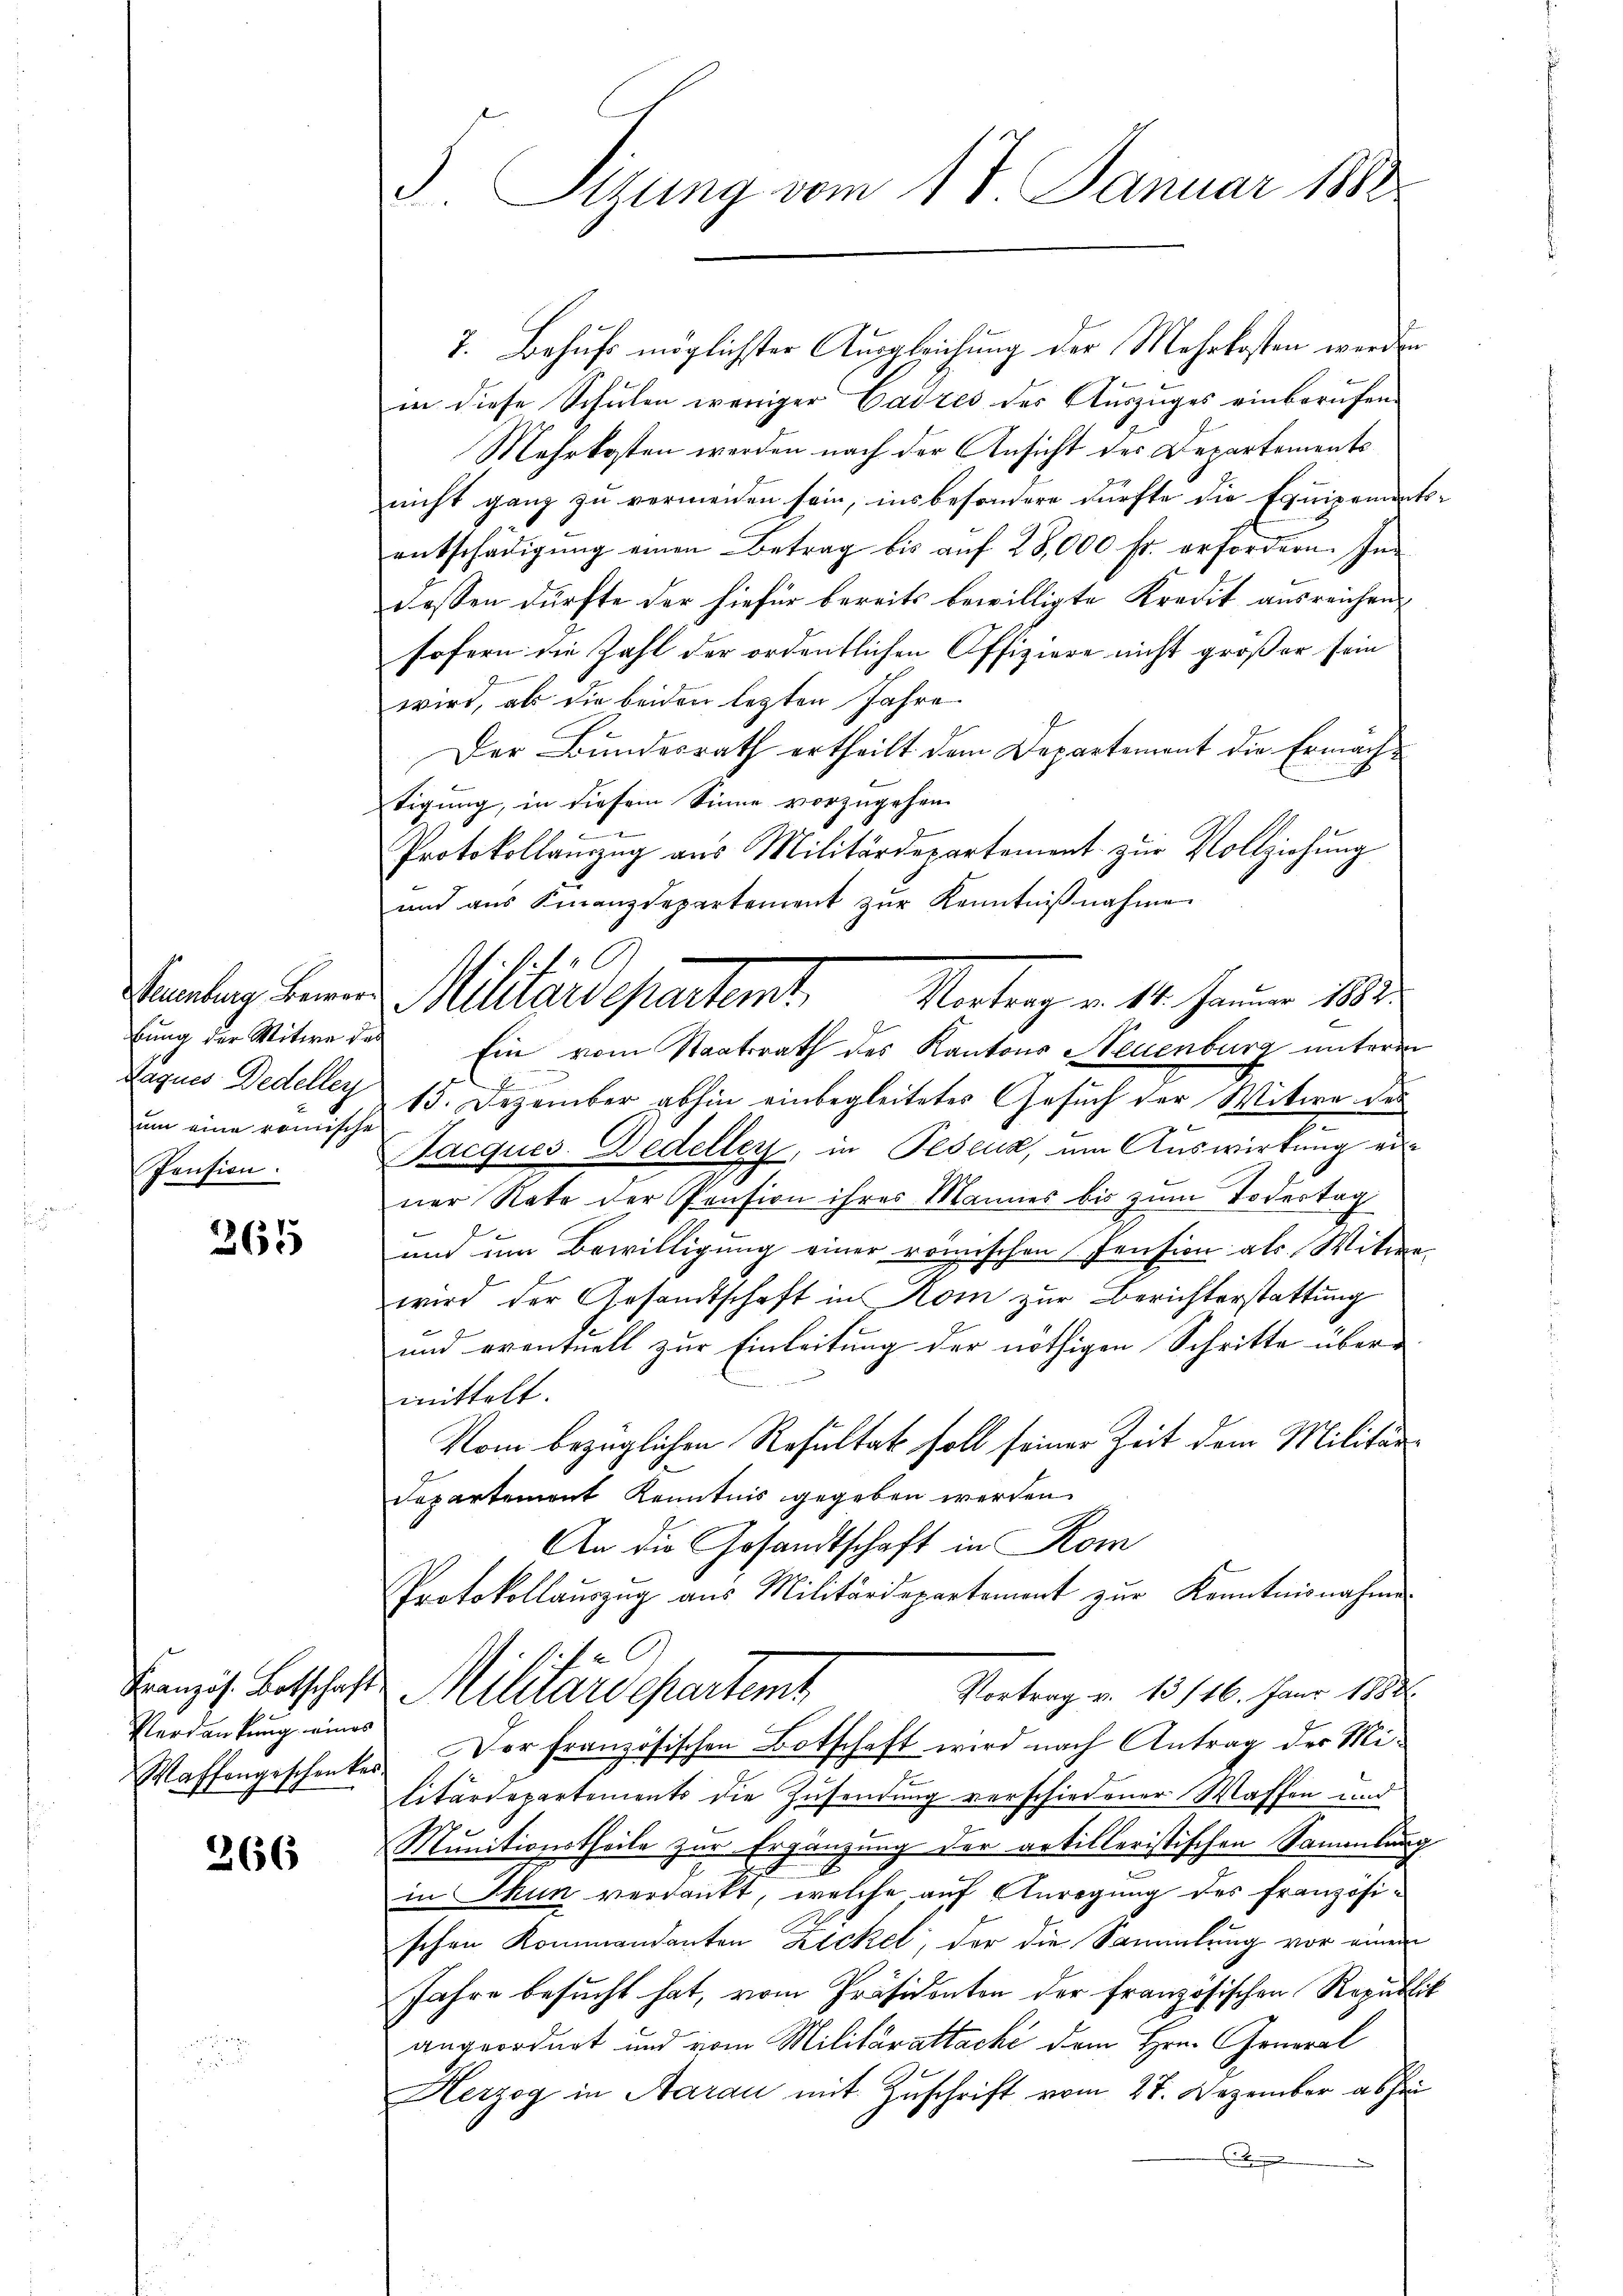
Lagnes Dedellen
um eine römische
Pension.

365

Verdankung eines

266

F. Sizung vom 17. Januar 1882

7. Behufs möglichster Ausgleichung der Mehrkosten werden
in diese Schulen weniger Cadres der Auszuges einberufen
Mehrkosten werden nach der Ansicht des Departements
nicht ganz zu vermeiden sein, insbesondere dürfte die Equipements
entschädigŭng einen Betrag bis aŭf 28,000 fr. erfordern. In
dessen dürfte der hiefür bereits bewilligte Kredit ausreichen,
sofern die Zahl der ordentlichen Offiziere nicht größer sein
wird, als die beiden letzten Jahre
Der Bundesrath ertheilt dem Departement die Ermächtigung, in diesem Sinne vorzugehen.
Fernennern
Protokollanzzug aus Militärdepartement zur Vollziehung
und aus Finanzdepartement zŭr Kenntniβnahme
bung der Witwe der Ein vom Staatsrath des Kantons Neuenburg unterm
s
13. Dezember abhin einbegleitetes Gesuch der Witwe des
acques. Bedeller, in Peseuz, um Auswirkung ei
ner Nate der Pension ihres Mannes bis zum Todestag
und um Bewilligung einer römischen Pension als Witwe
wird der Gesandtschaft in Kom zur Berichterstattung
und eventuell zur Einleitung der nöthigen Schritte übermittelt.
Vom bezüglichen Resultat soll seiner Zeit dem Militär¬
Departement Kenntnis gegeben werden.
An die Gesandtschaft in Kom
Protokollauszug aus Militärdepartement zur Kenntnisnahme
2. Je
Französ. Botschaft Militärdepartemt
Vortrag v. 13/16. Janr 1884.
Waffengeschenker. Der französischen Botschaft wird nach Antrag der Militärdepartements die Zusendung verschiedener Waffen und
Munitionstheile zur Ergänzung der antilleristischen Sammlung
in Thun verdankt, welche auf Anregung des französischen Kommandanten Zickel, der die Sammlung vor einen
Jahre besucht hat, vom Präsidenten der französischen Republik
angeordnet und vom Militärattachi dem Hrn. General
Herzog in Aarau mit Zuschrift vom 27. Dezember abhan

O
Sammlung erren Miliardepartemt
Vortrag v. 14. Januar 188

s